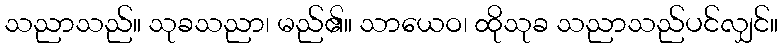
သညာသည်။ သုခသညာ၊ မည်၏။ သာယေဝ၊ ထိုသုခ သညာသည်ပင်လျှင်။